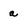
Character: a